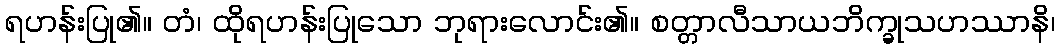
ရဟန်းပြု၏။ တံ၊ ထိုရဟန်းပြုသော ဘုရားလောင်း၏။ စတ္တာလီသာယဘိက္ခုသဟဿာနိ၊